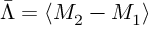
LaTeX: \bar { \Lambda } = \langle M _ { 2 } - M _ { 1 } \rangle